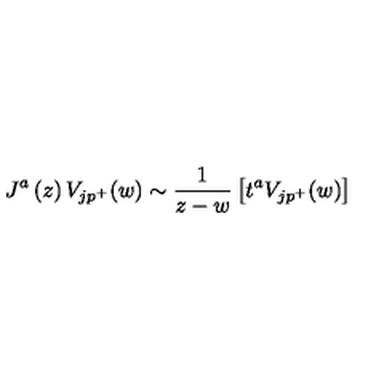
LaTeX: J ^ { a } \left( z \right) V _ { j p ^ { + } } ( w ) \sim \frac 1 { z - w } \left[ t ^ { a } V _ { j p ^ { + } } ( w ) \right]